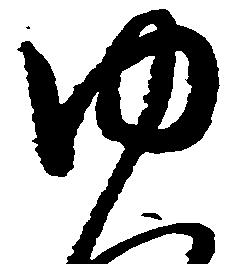
ゆ